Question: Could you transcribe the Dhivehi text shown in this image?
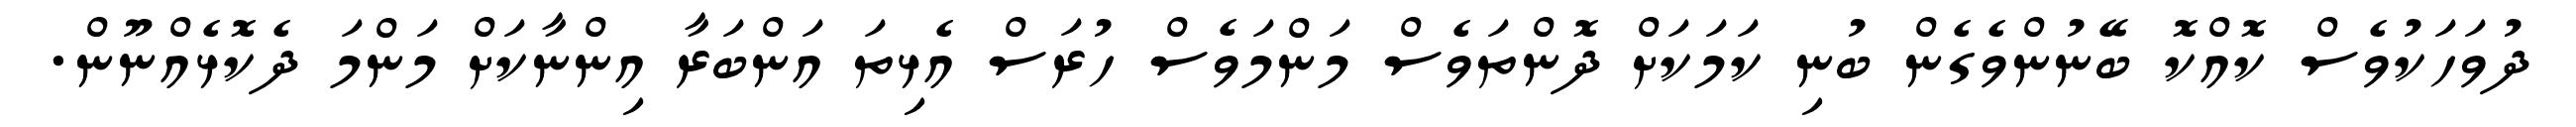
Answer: ދުވަހަކުވެސް ކޮއްކޮ ބޭނުންވެގެން ބުނި ކަމަކަށް ދޮންތަވެސް މަންމަވެސް ހުރަސް އެޅިތަ އަންބަރާ އިންނާކަށް މަންމަ ދެކޮޅެއްނޫން.